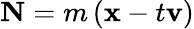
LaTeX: \mathbf{N}=m\left(\mathbf{x}-t\mathbf{v}\right)